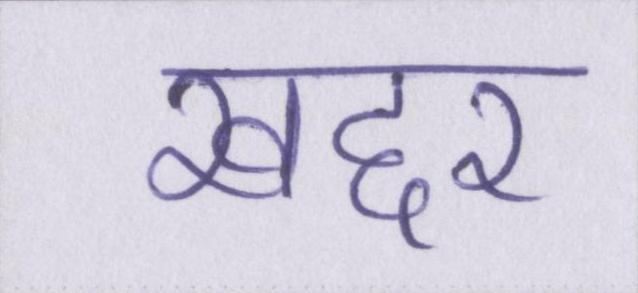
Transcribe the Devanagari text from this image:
खद्दर